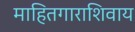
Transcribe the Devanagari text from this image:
माहितगाराशिवाय